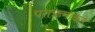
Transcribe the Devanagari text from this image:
पराक्रमाकडे